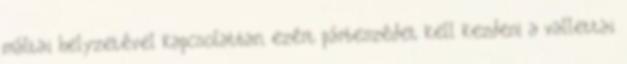
máltai helyzetével kapcsolatban, ezért párbeszédet kell kezdeni a vallettai